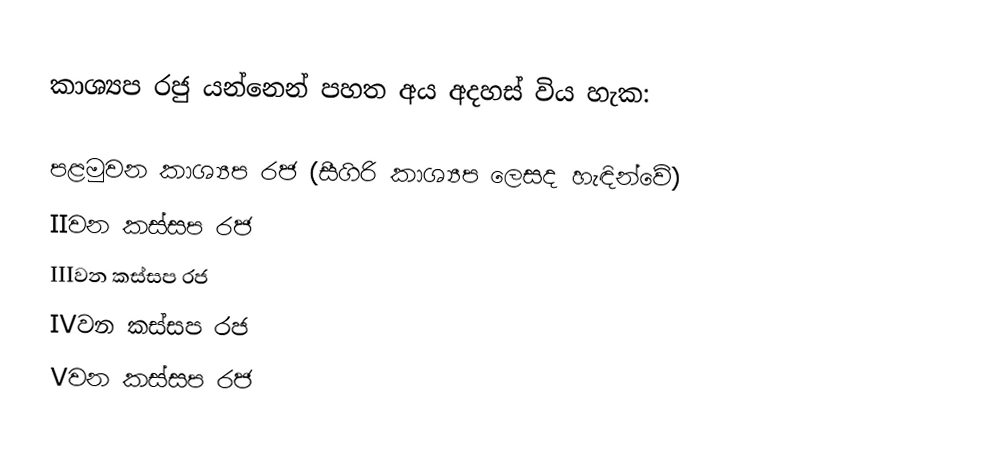
කාශ්‍යප රජු යන්නෙන් පහත අය අදහස් විය හැක:

 පළමුවන කාශ්‍යප රජ (සීගිරි කාශ්‍යප ලෙසද හැඳින්වේ)
 IIවන කස්සප රජ
 IIIවන කස්සප රජ
 IVවන කස්සප රජ
 Vවන කස්සප රජ